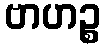
ဗာဟဉ္စ